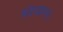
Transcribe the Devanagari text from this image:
चंद्रग्रहण।